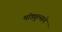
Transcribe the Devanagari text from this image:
मॉड्युल्सचे